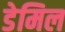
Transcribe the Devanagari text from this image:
डेमिल